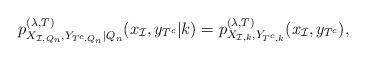
LaTeX: \begin{align*}p_{X_{\mathcal{I},Q_n}, Y_{T^c, Q_n}|Q_n}^{(\lambda, T)}(x_{\mathcal{I}}, y_{T^c}|k) = p_{ X_{\mathcal{I},k}, Y_{T^c, k}}^{(\lambda, T)}(x_{\mathcal{I}}, y_{T^c}), \end{align*}